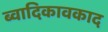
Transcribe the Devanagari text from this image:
ब्वादिकावकाद